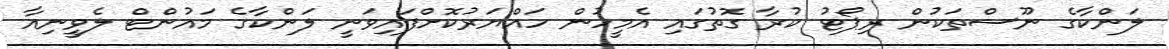
ލަންކާގެ ނޫސްތަކުން ރިޕޯޓު ކުރާ ގޮތުގައި އެމީހުން ހައްޔަރުކޮށްފައިވަނީ ލަންކާގެ މައުންޓް ލެވީނިއާ